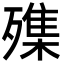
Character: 㱷